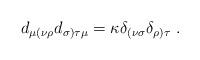
LaTeX: \begin{align*}d_{\mu (\nu \rho }d_{\sigma )\tau \mu }=\kappa \delta _{(\nu\sigma }\delta _{\rho )\tau }\ .\end{align*}